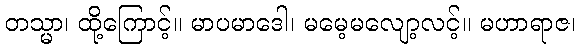
တသ္မာ၊ ထို့ကြောင့်။ မာပမာဒေါ၊ မမေ့မလျော့လင့်။ မဟာရာဇ၊